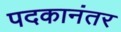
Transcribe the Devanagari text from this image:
पदकानंतर